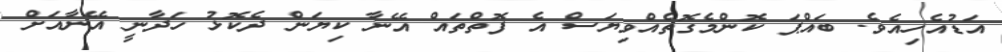
އަޑުއެހިއެވެ. ބައްޕަ ކޮންމެގޮތެއްވިޔަސް އެ ފޮތްތައް އޭނާ ކިޔަން ދެކޮޅު ހަދާނީ އޭނާއަށް